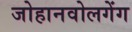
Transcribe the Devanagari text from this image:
जोहानवोलगेंग